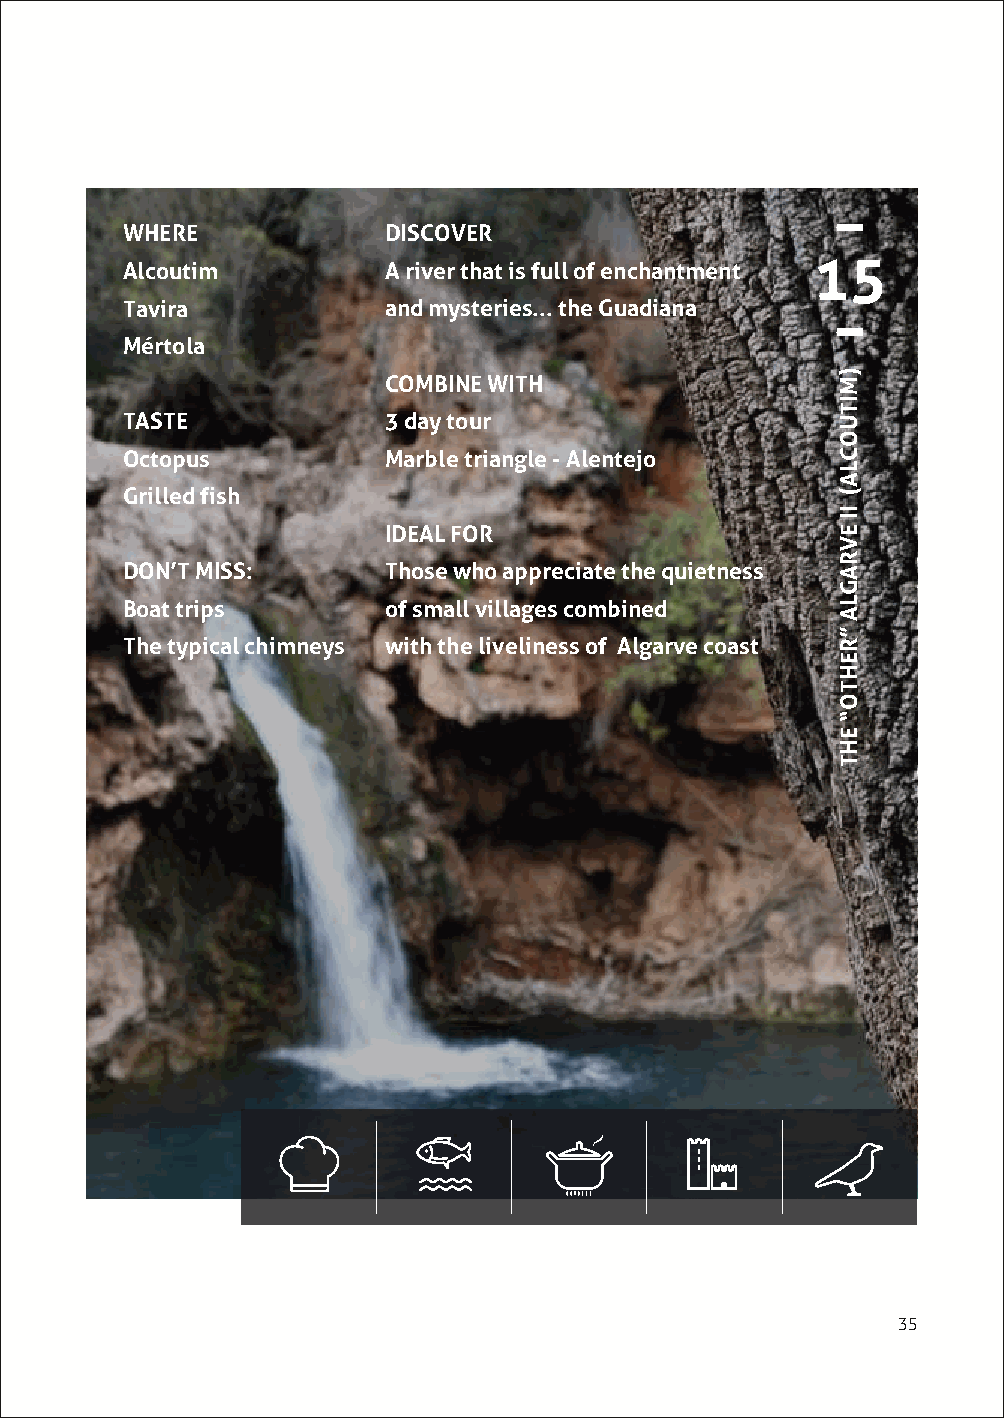
WHERE            DISCOVER
 15
 Alcoutim         A river that is full of enchantment
 Tavira           and mysteries... the Guadiana
 Mértola
 COMBINE WITH
 TASTE            3 day tour
 Octopus          Marble triangle - Alentejo
 Grilled fish
 IDEAL FOR
 DON’T MISS:      Those who appreciate the quietness
 Boat trips       of small villages combined
 The typical chimneys with the liveliness of Algarve coast
 35
 )MITUOCLA(
 II
 EVRAGLA
 ”REHTO“
 EHT